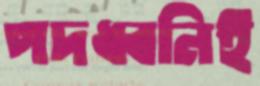
পদধ্বনিই